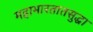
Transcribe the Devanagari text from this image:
महाभारतातसुद्धा